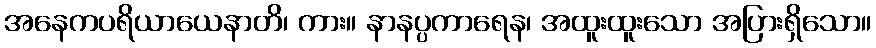
အနေကပရိယာယေနာတိ၊ ကား။ နာနပ္ပကာရေန၊ အထူးထူးသော အပြားရှိသော။